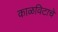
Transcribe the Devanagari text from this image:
काळविटाचे